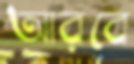
আরবে